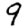
Digit: 9